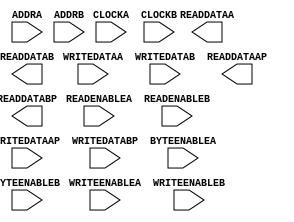
module TDP_BRAM18 (
    (* clkbuf_sink *)
    input CLOCKA,
    (* clkbuf_sink *)
    input CLOCKB,
    input READENABLEA,
    input READENABLEB,
    input [13:0] ADDRA,
    input [13:0] ADDRB,
    input [15:0] WRITEDATAA,
    input [15:0] WRITEDATAB,
    input [1:0] WRITEDATAAP,
    input [1:0] WRITEDATABP,
    input WRITEENABLEA,
    input WRITEENABLEB,
    input [1:0] BYTEENABLEA,
    input [1:0] BYTEENABLEB,
    //input [2:0] WRITEDATAWIDTHA,
    //input [2:0] WRITEDATAWIDTHB,
    //input [2:0] READDATAWIDTHA,
    //input [2:0] READDATAWIDTHB,
    output [15:0] READDATAA,
    output [15:0] READDATAB,
    output [1:0] READDATAAP,
    output [1:0] READDATABP
);
    parameter INITP_00 = 256'h0000000000000000000000000000000000000000000000000000000000000000;
    parameter INITP_01 = 256'h0000000000000000000000000000000000000000000000000000000000000000;
    parameter INITP_02 = 256'h0000000000000000000000000000000000000000000000000000000000000000;
    parameter INITP_03 = 256'h0000000000000000000000000000000000000000000000000000000000000000;
    parameter INITP_04 = 256'h0000000000000000000000000000000000000000000000000000000000000000;
    parameter INITP_05 = 256'h0000000000000000000000000000000000000000000000000000000000000000;
    parameter INITP_06 = 256'h0000000000000000000000000000000000000000000000000000000000000000;
    parameter INITP_07 = 256'h0000000000000000000000000000000000000000000000000000000000000000;
    parameter INIT_00 = 256'h0000000000000000000000000000000000000000000000000000000000000000;
    parameter INIT_01 = 256'h0000000000000000000000000000000000000000000000000000000000000000;
    parameter INIT_02 = 256'h0000000000000000000000000000000000000000000000000000000000000000;
    parameter INIT_03 = 256'h0000000000000000000000000000000000000000000000000000000000000000;
    parameter INIT_04 = 256'h0000000000000000000000000000000000000000000000000000000000000000;
    parameter INIT_05 = 256'h0000000000000000000000000000000000000000000000000000000000000000;
    parameter INIT_06 = 256'h0000000000000000000000000000000000000000000000000000000000000000;
    parameter INIT_07 = 256'h0000000000000000000000000000000000000000000000000000000000000000;
    parameter INIT_08 = 256'h0000000000000000000000000000000000000000000000000000000000000000;
    parameter INIT_09 = 256'h0000000000000000000000000000000000000000000000000000000000000000;
    parameter INIT_0A = 256'h0000000000000000000000000000000000000000000000000000000000000000;
    parameter INIT_0B = 256'h0000000000000000000000000000000000000000000000000000000000000000;
    parameter INIT_0C = 256'h0000000000000000000000000000000000000000000000000000000000000000;
    parameter INIT_0D = 256'h0000000000000000000000000000000000000000000000000000000000000000;
    parameter INIT_0E = 256'h0000000000000000000000000000000000000000000000000000000000000000;
    parameter INIT_0F = 256'h0000000000000000000000000000000000000000000000000000000000000000;
    parameter INIT_10 = 256'h0000000000000000000000000000000000000000000000000000000000000000;
    parameter INIT_11 = 256'h0000000000000000000000000000000000000000000000000000000000000000;
    parameter INIT_12 = 256'h0000000000000000000000000000000000000000000000000000000000000000;
    parameter INIT_13 = 256'h0000000000000000000000000000000000000000000000000000000000000000;
    parameter INIT_14 = 256'h0000000000000000000000000000000000000000000000000000000000000000;
    parameter INIT_15 = 256'h0000000000000000000000000000000000000000000000000000000000000000;
    parameter INIT_16 = 256'h0000000000000000000000000000000000000000000000000000000000000000;
    parameter INIT_17 = 256'h0000000000000000000000000000000000000000000000000000000000000000;
    parameter INIT_18 = 256'h0000000000000000000000000000000000000000000000000000000000000000;
    parameter INIT_19 = 256'h0000000000000000000000000000000000000000000000000000000000000000;
    parameter INIT_1A = 256'h0000000000000000000000000000000000000000000000000000000000000000;
    parameter INIT_1B = 256'h0000000000000000000000000000000000000000000000000000000000000000;
    parameter INIT_1C = 256'h0000000000000000000000000000000000000000000000000000000000000000;
    parameter INIT_1D = 256'h0000000000000000000000000000000000000000000000000000000000000000;
    parameter INIT_1E = 256'h0000000000000000000000000000000000000000000000000000000000000000;
    parameter INIT_1F = 256'h0000000000000000000000000000000000000000000000000000000000000000;
    parameter INIT_20 = 256'h0000000000000000000000000000000000000000000000000000000000000000;
    parameter INIT_21 = 256'h0000000000000000000000000000000000000000000000000000000000000000;
    parameter INIT_22 = 256'h0000000000000000000000000000000000000000000000000000000000000000;
    parameter INIT_23 = 256'h0000000000000000000000000000000000000000000000000000000000000000;
    parameter INIT_24 = 256'h0000000000000000000000000000000000000000000000000000000000000000;
    parameter INIT_25 = 256'h0000000000000000000000000000000000000000000000000000000000000000;
    parameter INIT_26 = 256'h0000000000000000000000000000000000000000000000000000000000000000;
    parameter INIT_27 = 256'h0000000000000000000000000000000000000000000000000000000000000000;
    parameter INIT_28 = 256'h0000000000000000000000000000000000000000000000000000000000000000;
    parameter INIT_29 = 256'h0000000000000000000000000000000000000000000000000000000000000000;
    parameter INIT_2A = 256'h0000000000000000000000000000000000000000000000000000000000000000;
    parameter INIT_2B = 256'h0000000000000000000000000000000000000000000000000000000000000000;
    parameter INIT_2C = 256'h0000000000000000000000000000000000000000000000000000000000000000;
    parameter INIT_2D = 256'h0000000000000000000000000000000000000000000000000000000000000000;
    parameter INIT_2E = 256'h0000000000000000000000000000000000000000000000000000000000000000;
    parameter INIT_2F = 256'h0000000000000000000000000000000000000000000000000000000000000000;
    parameter INIT_30 = 256'h0000000000000000000000000000000000000000000000000000000000000000;
    parameter INIT_31 = 256'h0000000000000000000000000000000000000000000000000000000000000000;
    parameter INIT_32 = 256'h0000000000000000000000000000000000000000000000000000000000000000;
    parameter INIT_33 = 256'h0000000000000000000000000000000000000000000000000000000000000000;
    parameter INIT_34 = 256'h0000000000000000000000000000000000000000000000000000000000000000;
    parameter INIT_35 = 256'h0000000000000000000000000000000000000000000000000000000000000000;
    parameter INIT_36 = 256'h0000000000000000000000000000000000000000000000000000000000000000;
    parameter INIT_37 = 256'h0000000000000000000000000000000000000000000000000000000000000000;
    parameter INIT_38 = 256'h0000000000000000000000000000000000000000000000000000000000000000;
    parameter INIT_39 = 256'h0000000000000000000000000000000000000000000000000000000000000000;
    parameter INIT_3A = 256'h0000000000000000000000000000000000000000000000000000000000000000;
    parameter INIT_3B = 256'h0000000000000000000000000000000000000000000000000000000000000000;
    parameter INIT_3C = 256'h0000000000000000000000000000000000000000000000000000000000000000;
    parameter INIT_3D = 256'h0000000000000000000000000000000000000000000000000000000000000000;
    parameter INIT_3E = 256'h0000000000000000000000000000000000000000000000000000000000000000;
    parameter INIT_3F = 256'h0000000000000000000000000000000000000000000000000000000000000000;
    parameter integer READ_WIDTH_A = 0;
    parameter integer READ_WIDTH_B = 0;
    parameter integer WRITE_WIDTH_A = 0;
    parameter integer WRITE_WIDTH_B = 0;
endmodule